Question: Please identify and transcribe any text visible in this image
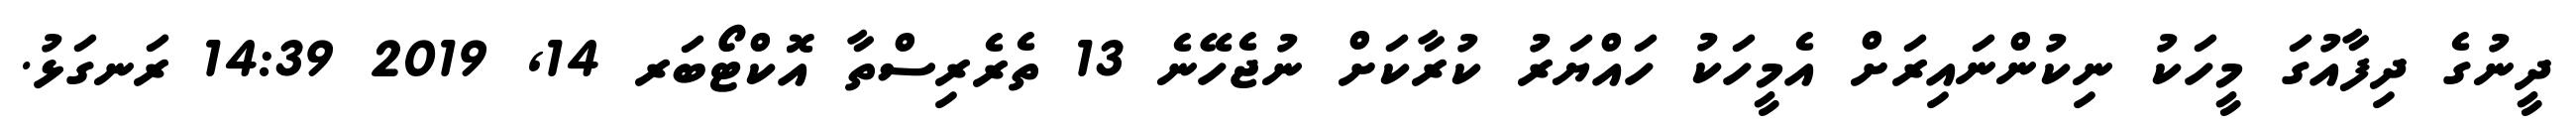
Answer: ދީނުގެ ދިފާއުގަ މީހަކު ނިކުންނައިރަށް އެމީހަކު ހައްޔަރު ކުރާކަށް ނުޖެހޭނެ 13 ތެރެރިސްތާ އޮކްޓޯބަރ 14, 2019 14:39 ރަނގަޅު.